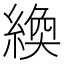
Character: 𫃴